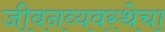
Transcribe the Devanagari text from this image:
जीवनव्यवस्थेचा